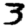
Digit: 3